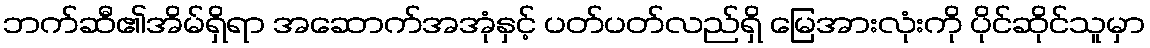
ဘက်ဆီ၏အိမ်ရှိရာ အဆောက်အအုံနှင့် ပတ်ပတ်လည်ရှိ မြေအားလုံးကို ပိုင်ဆိုင်သူမှာ